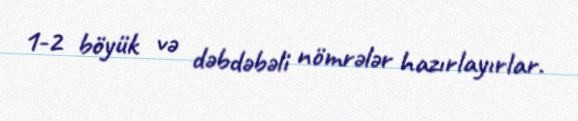
1-2 böyük və dəbdəbəli nömrələr hazırlayırlar.